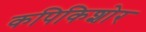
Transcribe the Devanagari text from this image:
कपिकिशोर